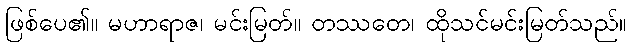
ဖြစ်ပေ၏။ မဟာရာဇ၊ မင်းမြတ်။ တဿတေ၊ ထိုသင်မင်းမြတ်သည်။